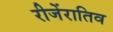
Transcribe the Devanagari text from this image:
रीजेंरातिव